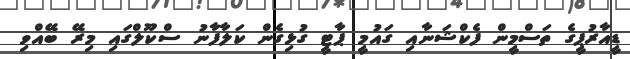
ޑީއާރުޕީގެ ތަސްމީން ފެކްޝަނާއި ގައުމީ ޕާޓީ ގުޅިގެން ކަލާފާނު ސްކޫލްގައި މިރޭ ބޭއްވި